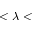
< \lambda <